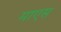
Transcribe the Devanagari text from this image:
माएस